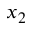
x _ { 2 }